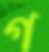
গ